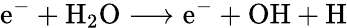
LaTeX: \mathrm{e}^{-}+\mathrm{H}_{2}\mathrm{O}\longrightarrow\mathrm{e}^{-}+\mathrm{OH}+\mathrm{H}